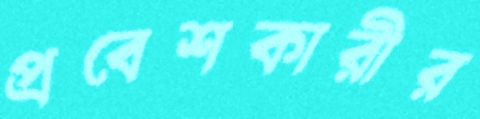
প্রবেশকারীর